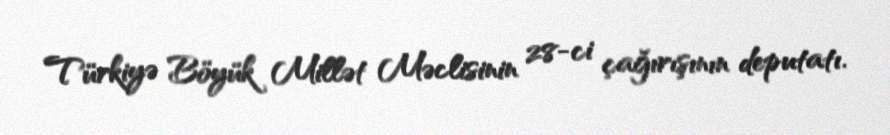
Türkiyə Böyük Millət Məclisinin 28-ci çağırışının deputatı.